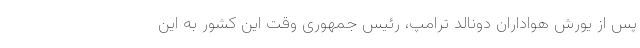
پس از یورش هواداران دونالد ترامپ، رئيس جمهوری وقت این کشور به این